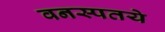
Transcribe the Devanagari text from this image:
वनस्पतये